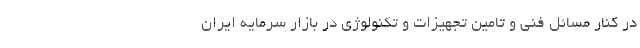
در کنار مسائل فنی و تامین تجهیزات و تکنولوژی در بازار سرمایه ایران